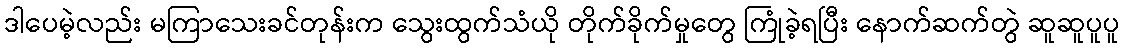
ဒါပေမဲ့လည်း မကြာသေးခင်တုန်းက သွေးထွက်သံယို တိုက်ခိုက်မှုတွေ ကြုံခဲ့ရပြီး နောက်ဆက်တွဲ ဆူဆူပူပူ